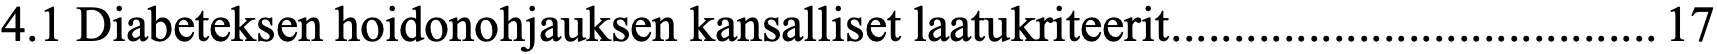
4.1 Diabeteksen hoidonohjauksen kansalliset laatukriteerit ....................................... 17